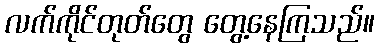
လက်ကိုင်တုတ်တွေ တွေ့နေကြသည်။